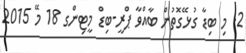
2. މި ބިޑާ ގުޅޭގޮތުން ބާއްވާ ޕްރީ-ބިޑް މީޓިންގ 18 މޭ 2015